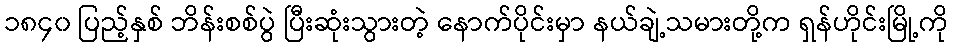
၁၈၄၀ ပြည့်နှစ် ဘိန်းစစ်ပွဲ ပြီးဆုံးသွားတဲ့ နောက်ပိုင်းမှာ နယ်ချဲ့သမားတို့က ရှန်ဟိုင်းမြို့ကို